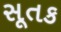
સૂતક